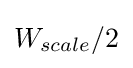
W_{scale}/2